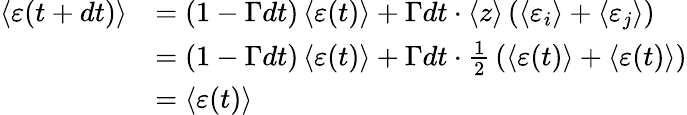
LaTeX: {\begin{array}{rl}{\left\langle\varepsilon(t+dt)\right\rangle}&{=\left(1-\Gamma dt\right)\left\langle\varepsilon(t)\right\rangle+\Gamma dt\cdot\left\langle z\right\rangle\left(\left\langle\varepsilon_{i}\right\rangle+\left\langle\varepsilon_{j}\right\rangle\right)}\\ &{=\left(1-\Gamma dt\right)\left\langle\varepsilon(t)\right\rangle+\Gamma dt\cdot{\frac{1}{2}}\left(\left\langle\varepsilon(t)\right\rangle+\left\langle\varepsilon(t)\right\rangle\right)}\\ &{=\left\langle\varepsilon(t)\right\rangle}\end{array}}